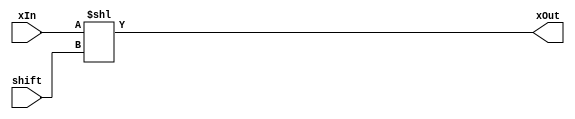
`timescale 1ns / 1ns
// Shift Left Module
module alu_shl(xIn, xOut, shift);
    input [31:0] xIn;
    output [31:0] xOut;
    input wire [4:0] shift;
    
    assign xOut = xIn << shift;
endmodule